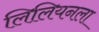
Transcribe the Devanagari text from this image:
लिलियनला